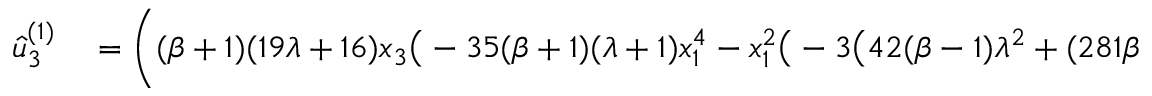
\begin{array} { r l } { \hat { u } _ { 3 } ^ { ( 1 ) } } & { { } = \bigg ( ( \beta + 1 ) ( 1 9 \lambda + 1 6 ) x _ { 3 } \big ( - 3 5 ( \beta + 1 ) ( \lambda + 1 ) x _ { 1 } ^ { 4 } - x _ { 1 } ^ { 2 } \big ( - 3 \big ( 4 2 ( \beta - 1 ) \lambda ^ { 2 } + ( 2 8 1 \beta + 7 1 ) \lambda + 1 6 7 \beta + 4 1 \big ) } \end{array}